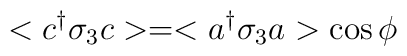
<c^{\dag}\sigma_{3}c>=<a^{\dag}\sigma_{3}a>\cos\phi